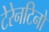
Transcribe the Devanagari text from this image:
टेरेनटिनो